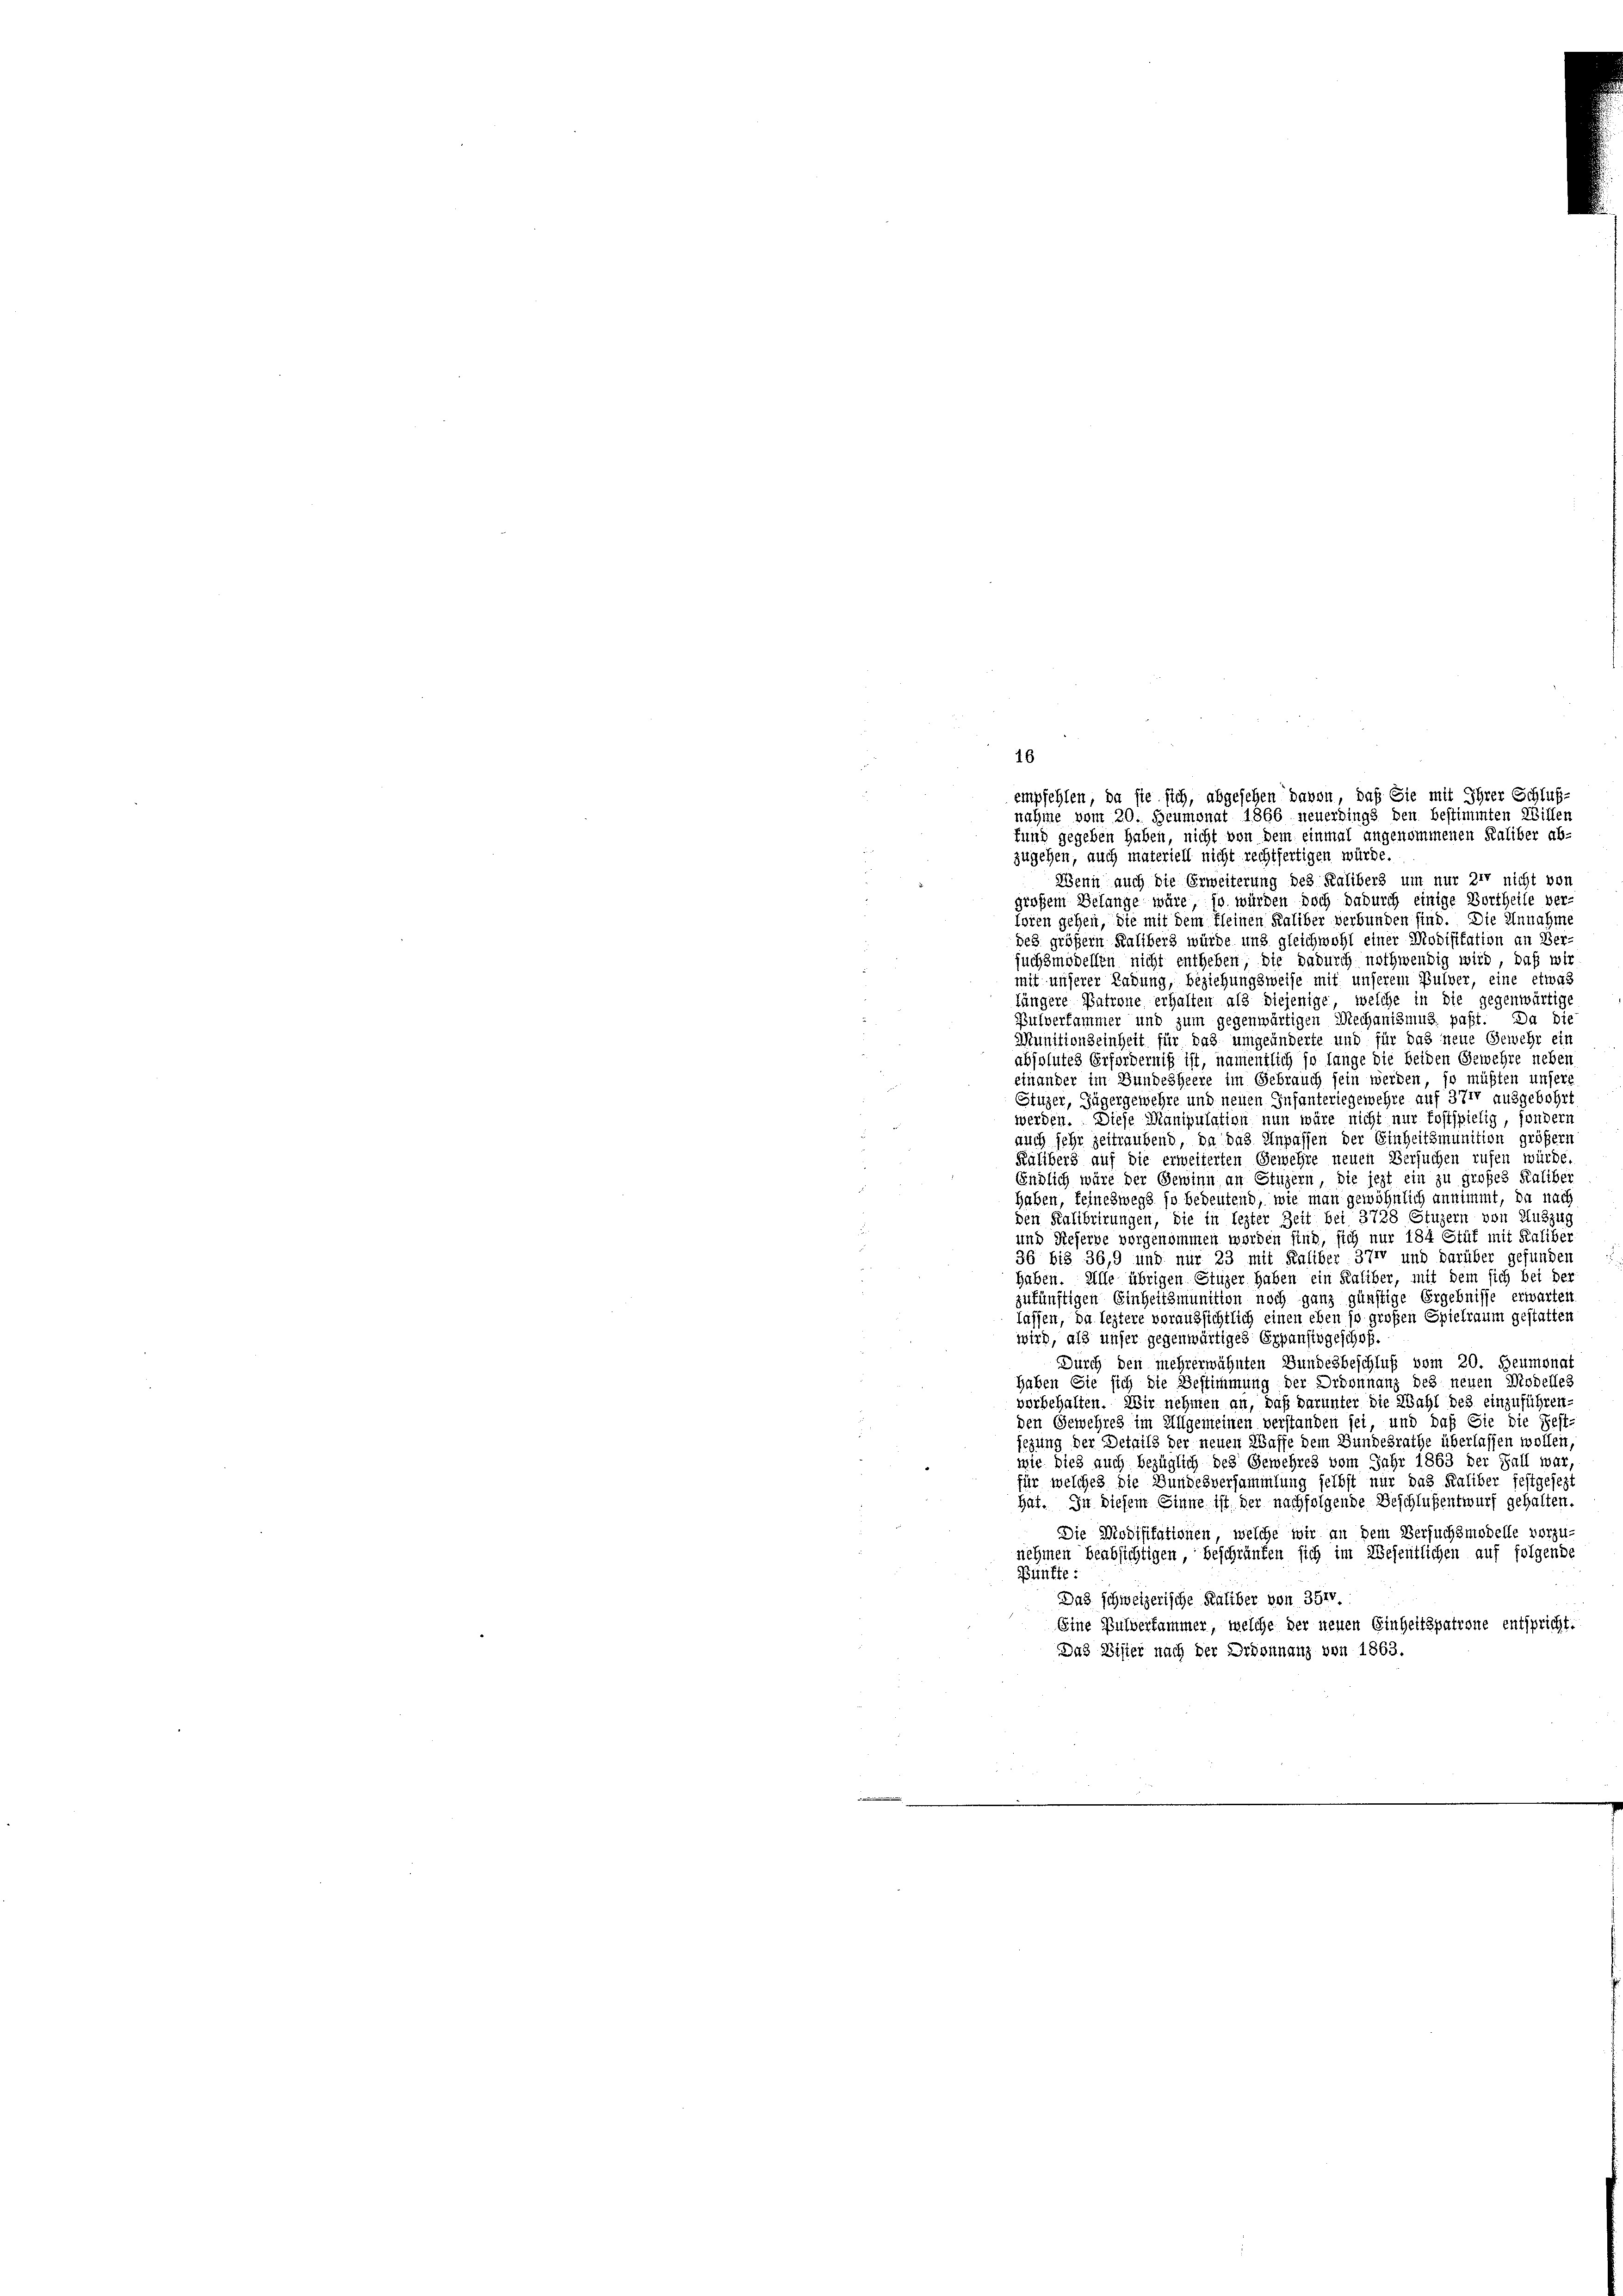
zugehen, auch materiell nicht rechtfertigen würde.
Wenn auch die Erweiterung des Kalibers um nur zur nicht von
großem Belange wäre, so würden doch dadurch einige Bortheile ver-
loren gehen, die mit dem Kleinen Kaliber verbunden sind. Die Unnahme
des größern Kalibers würde und gleichwohl einer Modifikation an Ber-
¬
suchsmodellen nicht entheben, die dadurch nothwendig wird, daß wir
mit unserer Ladung, beziehungsweise mit unserem Bulver, eine etwas
fängere Patrone erhalten als diejenige, welche in die gegenwärtig
Pulverfammer und zum gegenwärtigen Mechanismus paßt. Da die
Munitionseinheit für das umgeänderte und für das neue Gewehr ein
absolutes Erforderniß ist, namentlich so lange die beiden Gewehre neben
einander im Bundesheere im Gebrauch sein werden, so müßten unsere
Stuzer, Zügergewehre und neuen Infanteriegewehre auf 371 ausgebohrt
werden. Diese Manipulation nun wäre nicht nur fostspielig, sondern
auch sehr zeitraubend, da das Unpassen der Einheitsmunition größern
Kälibers auf die erweiterten Gewehre neuen Versuchen rufen würde.
Endlich wäre der Gewinn an Sturzern, die jezt ein zu großes Kaliber
2
haben, feineswegs so bedeutend, wie man gewöhnlich annimmt, da nach
den Kalibrirungen, die in lezter Zeit bei 3728 Stuzern von Auszug
und Referbe vorgenommen worden sind, sich nur 184 Stüt mit Kaliber
36 bis 36,9 und nur 23 mit Kaliber 371 und darüber gefunden
haben. Alle übrigen Stuzer haben ein Kaliber, mit dem sich bei der
zukünftigen Einheitsmunition noch ganz günstige Ergebnisse erwarten
lassen, da leztere voraussichtlich einen eben so großen Spielraum gestatten
wird, als unser gegenwärtiges Erpansingeschof.
Durch den mehrerwähnten Bundesbeschluß vom 20. Heumonat
Haben Sie sich die Bestimmung der Ordonnanz des neuen Modelles
vorbehalten. Wir nehmen an, daß darunter die Wahl des einzuführen.
den Gewehres im Allgemeinen verstanden sei, und daß Sie die Festjezung der Details der neuen Waffe dem Bundesrathe überlassen wollen
wie dies auch bezüglich des Gewehres vom Jahr 1863 der Fall war,
für welches die Bundesversammlung selbst nur das Kaliber festgesezt
hat. In diesem Sinne ist der nachfolgende Beschlußentwurf gehalten.
Die Modifikationen, welche wir an dem Versuchsmodelle vorzu-
nehmen beabsichtigen beschränken sich im Wesentlichen auf folgende
Bünfte:
Das schweizerische Kaliber von 351
Eine Pulverfammer, welche der neuen Einheitspatrone entspricht.
Das Visier nach der Ordonnanz von 1863.
i

16
empfehlen, da sie sich, abgesehen davon, daß Sie mit Ihrer Schluß-
nahme vom 20. Heumonat 1866 neuerdings ben bestimmten Willen
Eund gegeben haben, nicht von dem einmal angenommenen Kaliber ab-